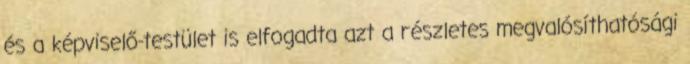
és a képviselő-testület is elfogadta azt a részletes megvalósíthatósági